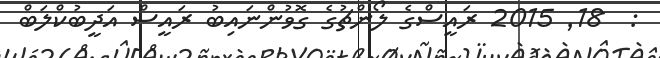
:  18